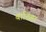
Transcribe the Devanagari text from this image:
बाठिंडा